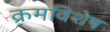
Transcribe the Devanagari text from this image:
क्रमविशेष